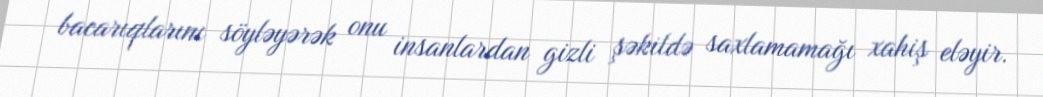
bacarıqlarını söyləyərək onu insanlardan gizli şəkildə saxlamamağı xahiş eləyir.